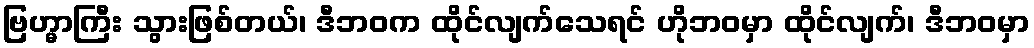
ဗြဟ္မာကြီး သွားဖြစ်တယ်၊ ဒီဘဝက ထိုင်လျက်သေရင် ဟိုဘဝမှာ ထိုင်လျက်၊ ဒီဘဝမှာ